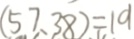
( 5 7 , 3 8 ) = 1 9